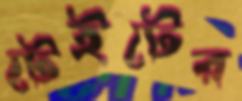
টেইটের